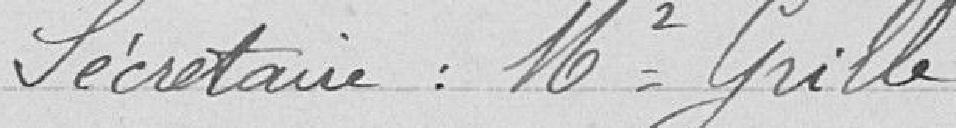
Secrétaire : Mr Grille